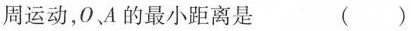
周运动，O、A的最小距离是（）